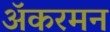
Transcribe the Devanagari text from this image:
ॲकरमन